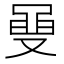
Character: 𮮡